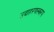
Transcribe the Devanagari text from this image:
उदाहरणस्वरप